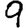
Digit: 9